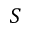
S